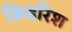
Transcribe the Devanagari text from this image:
फ्रिडरिश